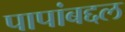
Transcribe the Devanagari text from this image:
पापांबद्दल